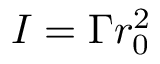
I = \Gamma r _ { 0 } ^ { 2 }